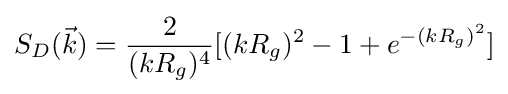
S_{D}({\vec {k}})={\frac {2}{(kR_{g})^{4}}}[(kR_{g})^{2}-1+e^{-(kR_{g})^{2}}]